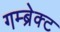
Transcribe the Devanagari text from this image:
गम्ब्रेक्ट